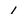
Character: 1